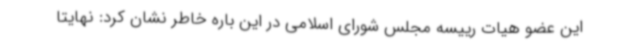
این عضو هیات رییسه مجلس شورای اسلامی در این باره خاطر نشان کرد: نهایتا